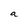
Character: a